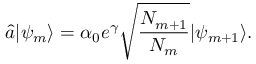
\hat { a } | \psi _ { m } \rangle = \alpha _ { 0 } e ^ { \gamma } \sqrt { \frac { { \cal N } _ { m + 1 } } { { \cal N } _ { m } } } | \psi _ { m + 1 } \rangle .